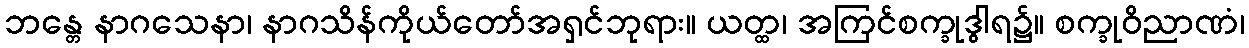
ဘန္တေ နာဂသေနာ၊ နာဂသိန်ကိုယ်တော်အရှင်ဘုရား။ ယတ္ထ၊ အကြင်စက္ခုဒွါရ၌။ စက္ခုဝိညာဏံ၊